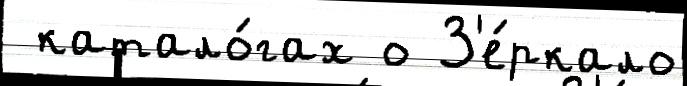
 катало́гах о З'е́ркало